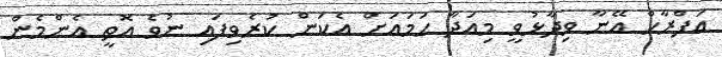
އަފްރާހް އޭނާ ވިދާޅުވީ މިއަދާ ހަމައަށް އެކަން ކުރެވިފައި ނުވެ އޮތީ އެންމެން